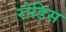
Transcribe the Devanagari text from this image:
रोडिस